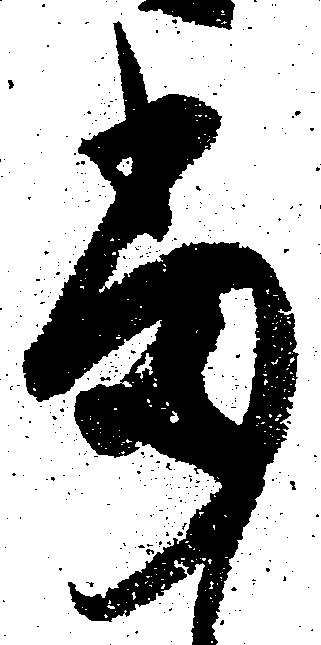
当